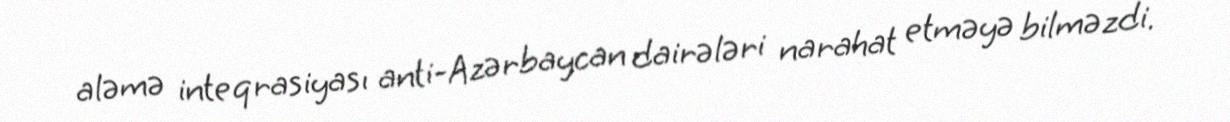
aləmə inteqrasiyası anti-Azərbaycan dairələri narahat etməyə bilməzdi.